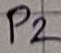
Text: P2